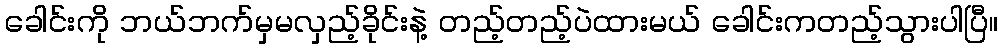
ခေါင်းကို ဘယ်ဘက်မှမလှည့်ခိုင်းနဲ့ တည့်တည့်ပဲထားမယ် ခေါင်းကတည့်သွားပါပြီ။